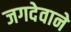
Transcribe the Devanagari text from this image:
जगदेवाने